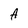
Character: A